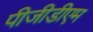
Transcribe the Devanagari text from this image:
पीजीडीएम